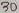
Text: 30